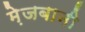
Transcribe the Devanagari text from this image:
मे़जबानी